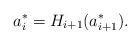
LaTeX: \begin{align*} a_i^*=H_{i+1}(a_{i+1}^*). \end{align*}